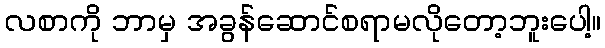
လစာကို ဘာမှ အခွန်ဆောင်စရာမလိုတော့ဘူးပေါ့။